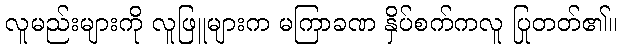
လူမည်းများကို လူဖြူများက မကြာခဏ နှိပ်စက်ကလူ ပြုတတ်၏။